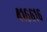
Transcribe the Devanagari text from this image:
४१६६१६